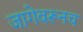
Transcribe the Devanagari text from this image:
जागेवरूनच